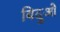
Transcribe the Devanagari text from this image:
बिदुओ